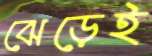
ঝেড়েই